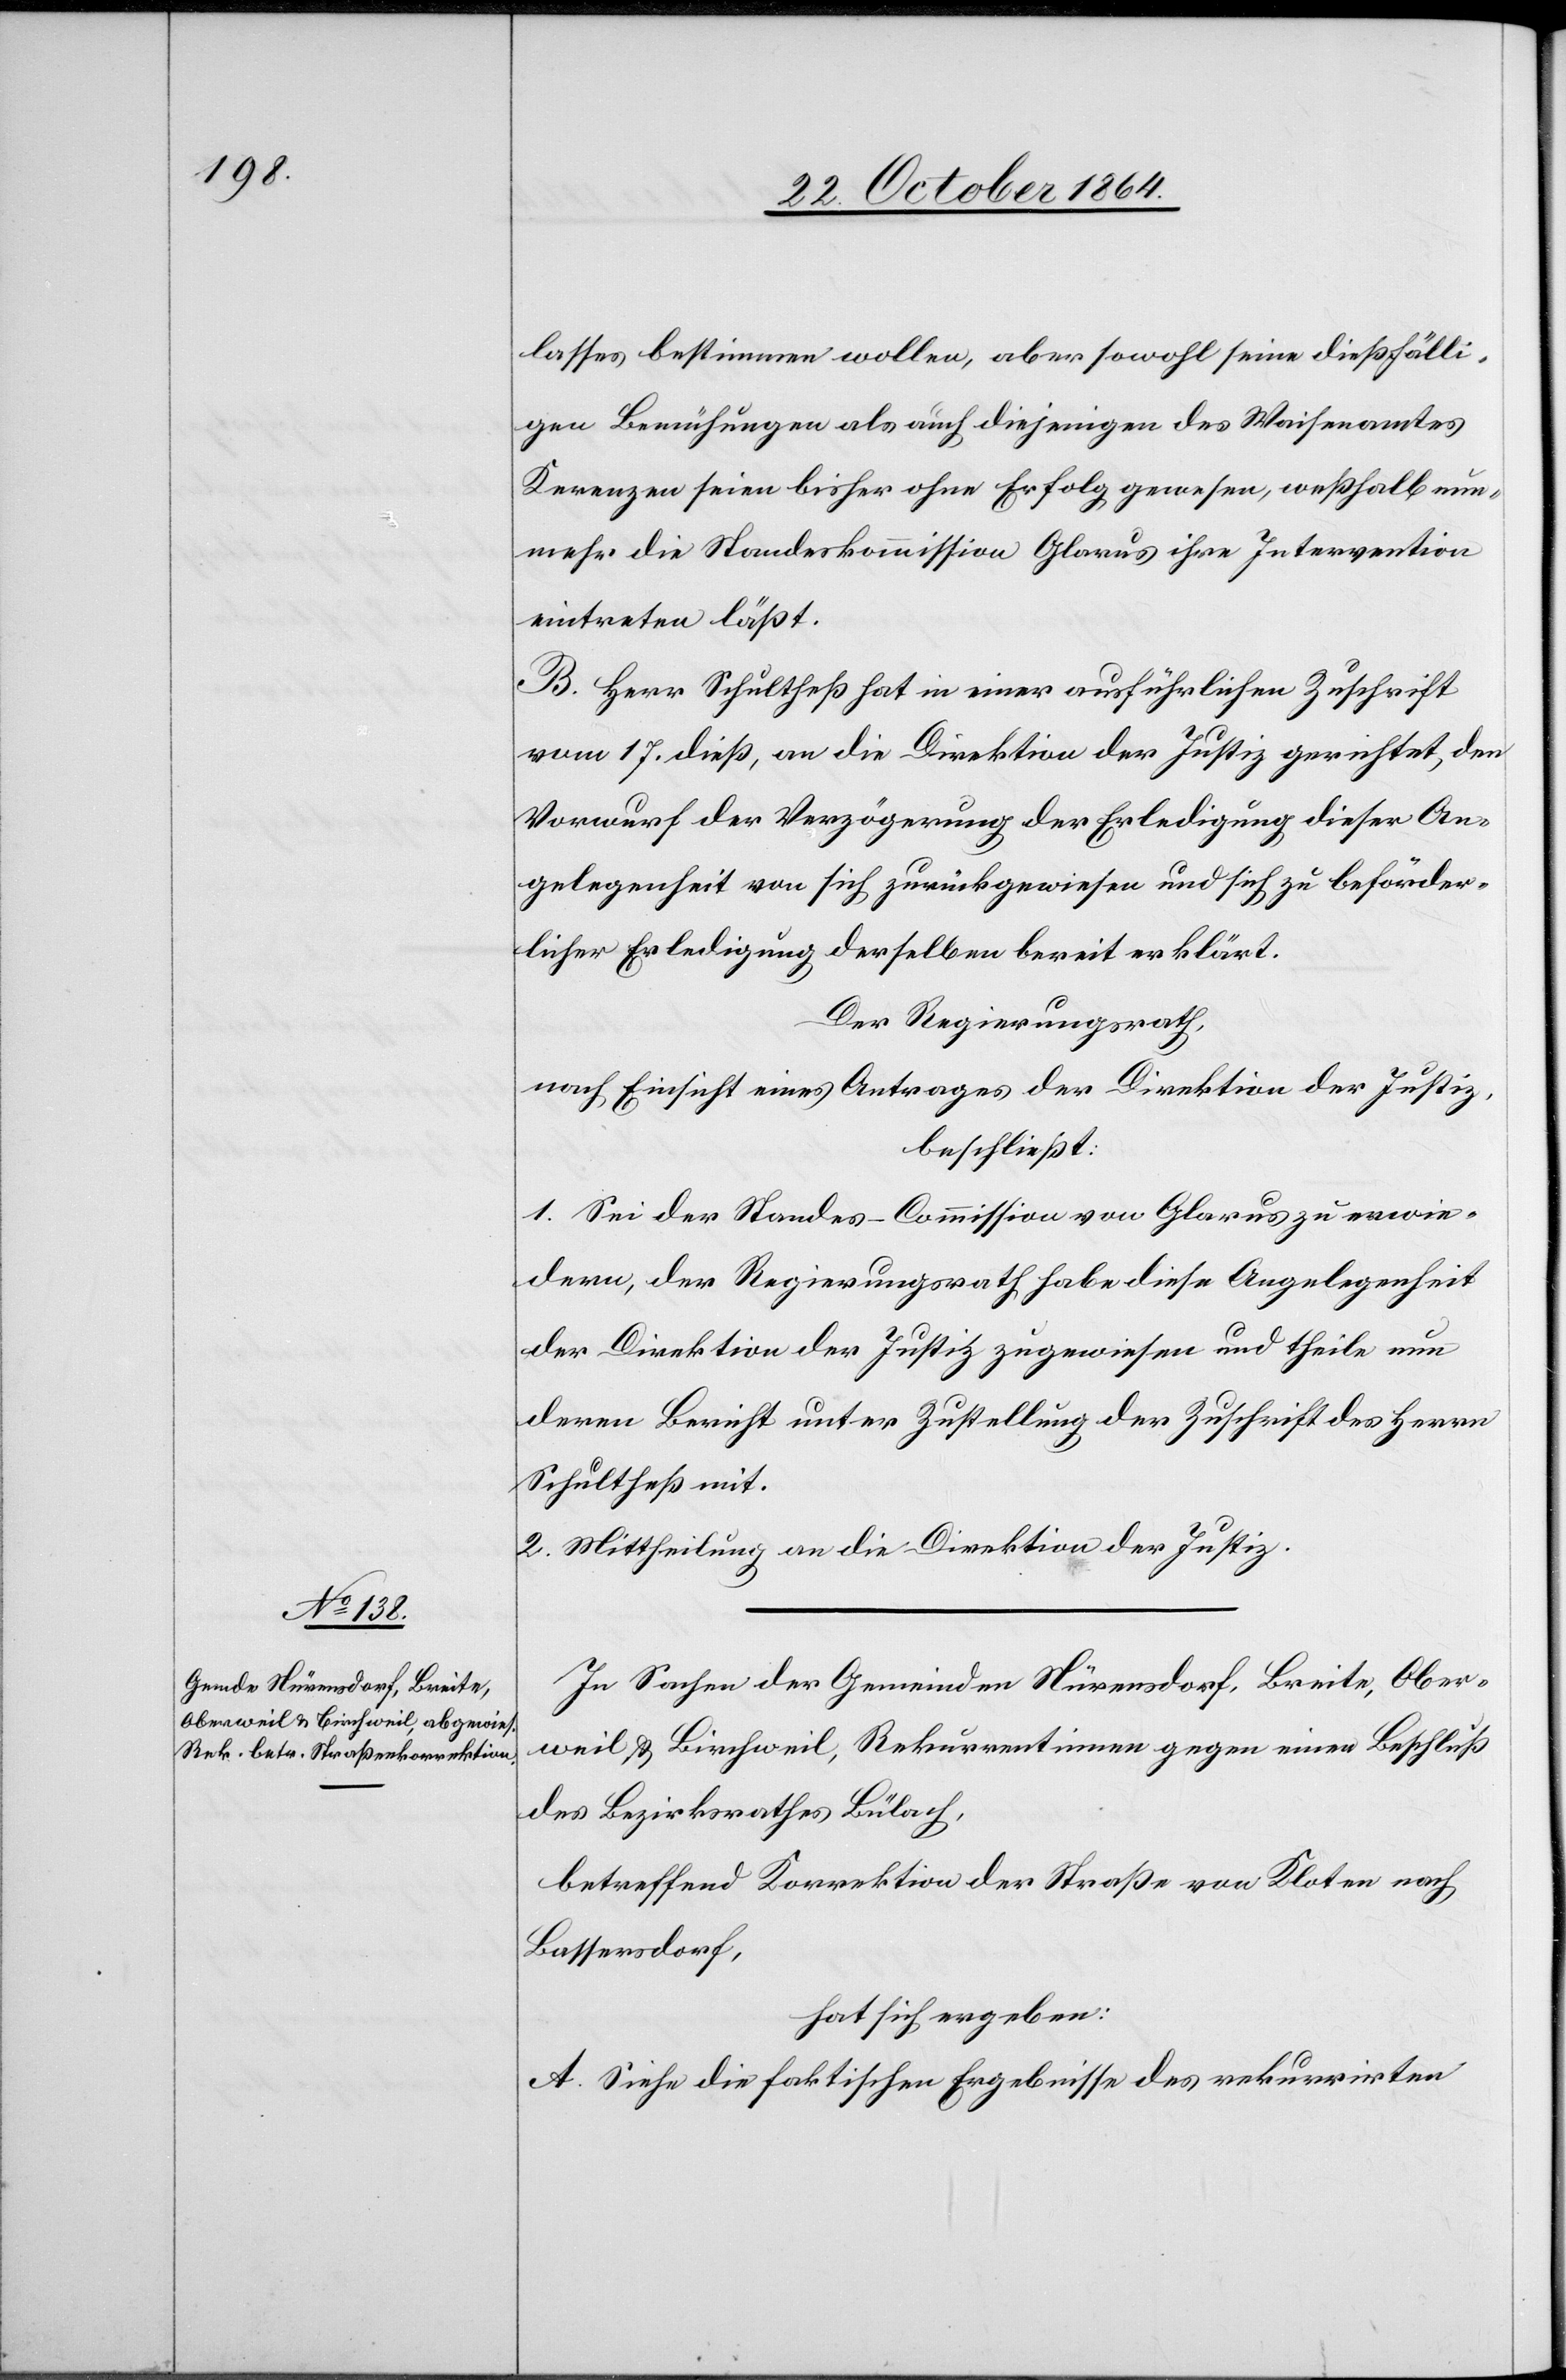
lasses bestimmen wollen, aber sowohl seine dießfälli¬
gen Bemühungen als auch diejenigen des Waisenamtes
Kerenzen seien bisher ohne Erfolg gewesen, weßhalb nun¬
mehr die Standeskommission Glarus ihre Intervention
eintreten läßt.
B. Herr Schultheß hat in einer ausführlichen Zuschrift
vom 17. dieß, an die Direktion der Justiz gerichtet, den
Vorwurf der Verzögerung der Erledigung dieser An¬
gelegenheit von sich zurückgewiesen und sich zu beförder¬
licher Erledigung derselben bereit erklärt.
Der Regierungsrath,
nach Einsicht eines Antrages der Direktion der Justiz,
beschließt
1. Sei der Standes-Commission von Glarus zu erwie¬
dern, der Regierungsrath habe diese Angelegenheit
der Direktion der Justiz zugewiesen und theile nun
deren Bericht unter Zustellung der Zuschrift Herrn
Schultheß mit.
2. Mittheilung an die Direktion der Justiz.
In Sachen der Gemeinden Nürensdorf, Breite, Ober¬
weil, Birchweil, Rekurrentinnen gegen einen Beschluß
des Bezirksrathes Bülach,
betreffend Korrektion der Straße von Kloten nach
Bassersdorf,
hat sich ergeben:
A. Siehe die faktischen Ergebnisse des rekurrirten